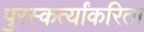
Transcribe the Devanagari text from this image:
पुरस्कर्त्यांकरिता